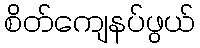
စိတ်ကျေနပ်ဖွယ်